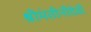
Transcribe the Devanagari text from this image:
श्रीमंतीनीदेवी